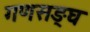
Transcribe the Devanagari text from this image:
गणसङ्घ